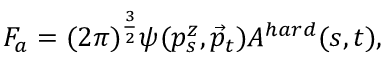
F _ { a } = ( 2 \pi ) ^ { { \frac { 3 } { 2 } } } \psi ( p _ { s } ^ { z } , \vec { p } _ { t } ) A ^ { h a r d } ( s , t ) ,